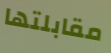
مقابلتها